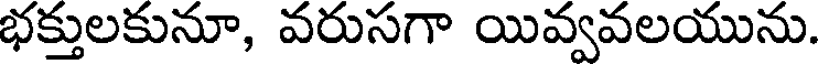
భక్తులకునూ, వరుసగా యివ్వవలయును.